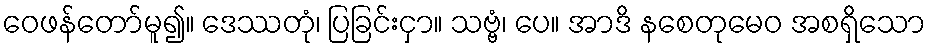
ဝေဖန်တော်မူ၍။ ဒေဿတုံ၊ ပြခြင်းငှာ။ သဗ္ဗံ၊ ပေ။ အာဒိ နစေတုမေဝ အစရှိသော